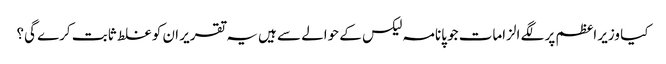
کیا وزیر اعظم پر لگے الزامات جو پانامہ لیکس کے حوالے سے ہیں یہ تقریر ان کو غلط ثابت کرے گی؟